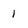
Character: 1